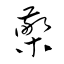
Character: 檠